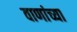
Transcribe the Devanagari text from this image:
वाणांच्या